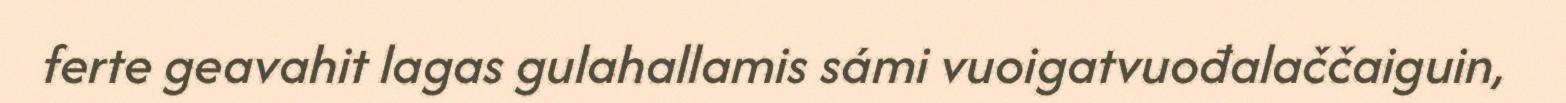
ferte geavahit lagas gulahallamis sámi vuoigatvuođalaččaiguin,